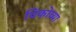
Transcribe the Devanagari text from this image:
विकोच्या